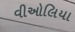
વીઓલિયા